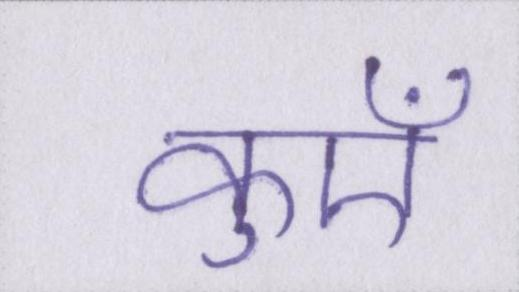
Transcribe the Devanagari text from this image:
कुएँ